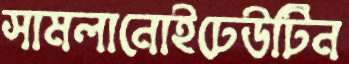
সামলানোইঢেউটিন